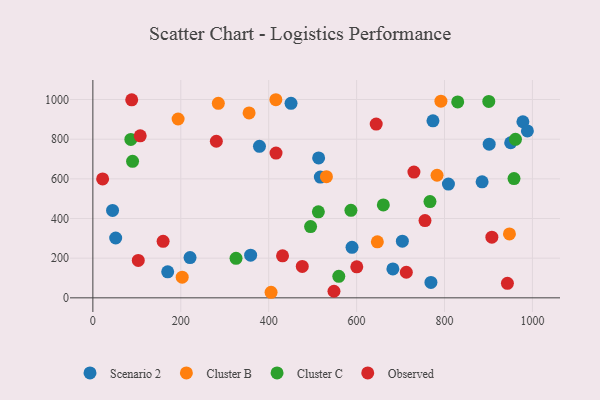
{"axis": {"x": "Study Hours", "y": "Profit"}, "legend": ["Cluster B", "Cluster C", "Observed", "Scenario 2"], "data": [{"x": "901.6", "y": 775.0, "type": "Scenario 2"}, {"x": "221.1", "y": 203.1, "type": "Scenario 2"}, {"x": "773.7", "y": 892.5, "type": "Scenario 2"}, {"x": "379.0", "y": 763.9, "type": "Scenario 2"}, {"x": "769.1", "y": 77.8, "type": "Scenario 2"}, {"x": "170.2", "y": 131.0, "type": "Scenario 2"}, {"x": "517.5", "y": 608.8, "type": "Scenario 2"}, {"x": "978.3", "y": 888.0, "type": "Scenario 2"}, {"x": "513.6", "y": 705.3, "type": "Scenario 2"}, {"x": "885.5", "y": 585.0, "type": "Scenario 2"}, {"x": "51.9", "y": 301.8, "type": "Scenario 2"}, {"x": "358.9", "y": 215.2, "type": "Scenario 2"}, {"x": "808.9", "y": 573.5, "type": "Scenario 2"}, {"x": "682.5", "y": 146.0, "type": "Scenario 2"}, {"x": "450.8", "y": 980.9, "type": "Scenario 2"}, {"x": "44.8", "y": 440.7, "type": "Scenario 2"}, {"x": "988.5", "y": 841.7, "type": "Scenario 2"}, {"x": "950.5", "y": 782.0, "type": "Scenario 2"}, {"x": "589.6", "y": 254.5, "type": "Scenario 2"}, {"x": "704.1", "y": 285.8, "type": "Scenario 2"}, {"x": "531.3", "y": 611.1, "type": "Cluster B"}, {"x": "203.2", "y": 104.1, "type": "Cluster B"}, {"x": "405.4", "y": 28.0, "type": "Cluster B"}, {"x": "416.3", "y": 999.0, "type": "Cluster B"}, {"x": "783.0", "y": 618.2, "type": "Cluster B"}, {"x": "791.8", "y": 991.7, "type": "Cluster B"}, {"x": "285.4", "y": 980.6, "type": "Cluster B"}, {"x": "355.4", "y": 932.5, "type": "Cluster B"}, {"x": "647.2", "y": 282.6, "type": "Cluster B"}, {"x": "193.9", "y": 901.8, "type": "Cluster B"}, {"x": "947.7", "y": 322.5, "type": "Cluster B"}, {"x": "961.4", "y": 799.2, "type": "Cluster C"}, {"x": "900.7", "y": 990.5, "type": "Cluster C"}, {"x": "587.1", "y": 441.3, "type": "Cluster C"}, {"x": "495.3", "y": 359.2, "type": "Cluster C"}, {"x": "958.1", "y": 601.5, "type": "Cluster C"}, {"x": "766.9", "y": 485.3, "type": "Cluster C"}, {"x": "513.0", "y": 433.9, "type": "Cluster C"}, {"x": "660.8", "y": 468.5, "type": "Cluster C"}, {"x": "90.3", "y": 688.3, "type": "Cluster C"}, {"x": "830.0", "y": 988.0, "type": "Cluster C"}, {"x": "86.4", "y": 798.8, "type": "Cluster C"}, {"x": "325.7", "y": 199.4, "type": "Cluster C"}, {"x": "559.5", "y": 108.2, "type": "Cluster C"}, {"x": "943.1", "y": 73.1, "type": "Observed"}, {"x": "755.6", "y": 389.6, "type": "Observed"}, {"x": "476.4", "y": 158.2, "type": "Observed"}, {"x": "416.7", "y": 730.1, "type": "Observed"}, {"x": "730.4", "y": 634.0, "type": "Observed"}, {"x": "280.9", "y": 789.5, "type": "Observed"}, {"x": "22.2", "y": 599.4, "type": "Observed"}, {"x": "600.4", "y": 156.4, "type": "Observed"}, {"x": "907.7", "y": 306.1, "type": "Observed"}, {"x": "431.5", "y": 212.0, "type": "Observed"}, {"x": "548.5", "y": 33.2, "type": "Observed"}, {"x": "107.7", "y": 816.8, "type": "Observed"}, {"x": "644.6", "y": 876.2, "type": "Observed"}, {"x": "103.3", "y": 188.4, "type": "Observed"}, {"x": "88.4", "y": 998.6, "type": "Observed"}, {"x": "713.1", "y": 129.1, "type": "Observed"}, {"x": "159.8", "y": 284.8, "type": "Observed"}]}